Annual report of the Punjab Veterinary College and of the Civil Veterinary Department, Punjab - 1894-1908
Year: 1894
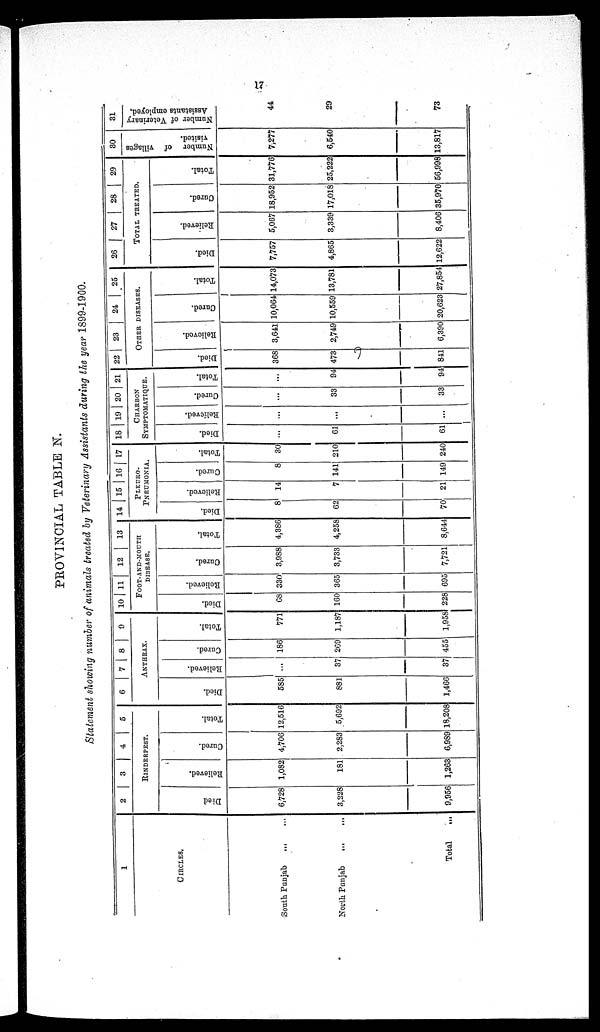
17
PROVINCIAL TABLE N.
Statement showing number of animals treated by Veterinary Assistants during the year 1899-1900.
1
CIRCLES.
South Punjab
...
...
North Punjab
...
...
Total
...
2
3
4
5
RINDERPEST.
Died
6,728
3,228
9,956
Relieved.
1,082
181
1,263
Cured.
4,706
2,283
6,989
Total.
12,516
5,692
18,208
6
7 |8
9
ANTHRAX.
Died.
585
881
1,466
Relieved.
...
37
37
Cured.
186
209
455
Total.
771
1,187
1,958
10 11 12 13
FOOT-AND-MOUTH
DISEASE.
Died.
68
160
228
Relieved.
330
365
695
Cured.
3,988
3,733
7,721
Total.
4,386
4,258
8,644
14 15 16 17
PLEURO¬
PNEUMONIA.
Died.
8
62
70
Relieved.
14
7
21
Cured.
8
141
149
Total.
30
210
240
18 19 20 21
CHARBON
SYMPTOMATIQUE.
Died.
...
61
61
Relieved.
...
...
...
Cured.
...
33
33
Total.
...
94
94
22
23
24
25
OTHER
DISEASES.
Died.
368
473
841
Relieved.
3,641
2,749
6,390
Cured.
10,064
10,559
20,623
Total.
14,073
13,781
27,854
26
27
28
29
TOTAL TREATED.
Died.
7,757
4,865
12,622
Relieved.
5,067
3,339
8,406
Cured.
18,952
17,018
35,970
Total.
31,776
25,222
56,998
30
Number of villages
visited.
7,277
6,540
13,817
31
Number of Veterinary
Assistants employed.
44
29
73